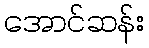
အောင်ဆန်း